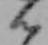
ん